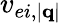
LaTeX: v_{ei,|\mathbf{q}|}